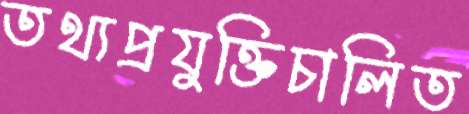
তথ্যপ্রযুক্তিচালিত